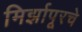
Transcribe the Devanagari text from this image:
मिर्झापूरचे